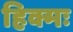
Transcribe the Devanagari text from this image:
हिक्मः